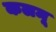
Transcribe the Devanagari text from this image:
कलमू